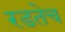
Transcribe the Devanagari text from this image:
रडतेच